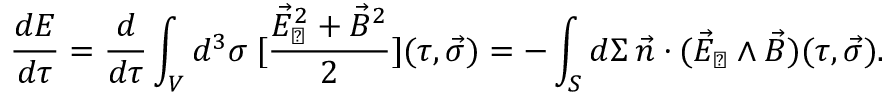
\frac { d E } { d \tau } = \frac { d } { d \tau } \int _ { V } d ^ { 3 } \sigma \: [ \frac { \vec { E } _ { \perp } ^ { 2 } + \vec { B } ^ { 2 } } { 2 } ] ( \tau , \vec { \sigma } ) = - \int _ { S } d \Sigma \: \vec { n } \cdot ( \vec { E } _ { \perp } \wedge \vec { B } ) ( \tau , \vec { \sigma } ) .